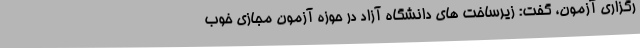
رگزاری آزمون، گفت: زیرساخت های دانشگاه آزاد در حوزه آزمون مجازی خوب